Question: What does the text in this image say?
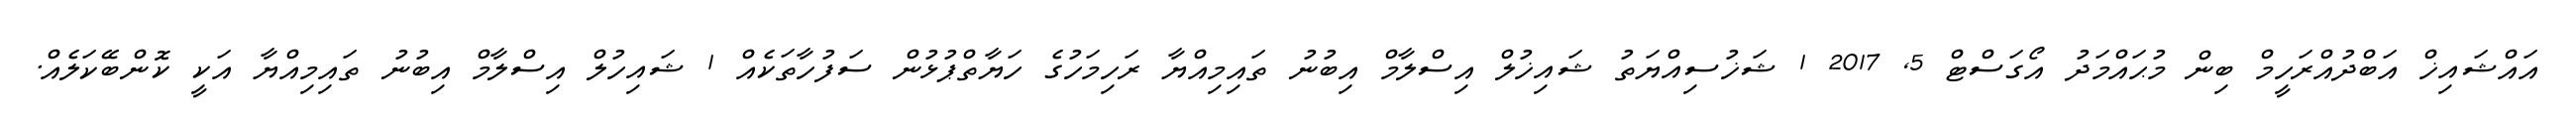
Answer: އައްޝައިޚް އަބްދުއްރަހީމް ބިން މުޙައްމަދު އޯގަސްޓް 5, 2017 1 ޝަޚުސިއްޔަތު ޝައިޚުލް އިސްލާމް އިބުނު ތައިމިއްޔާ ރަހިމަހުގެ ހަޔާތްޕުޅުން ސަފުހާތަކެއް 1 ޝައިހުލް އިސްލާމް އިބުނު ތައިމިއްޔާ އަކީ ކޮންބޭކަލެއް.